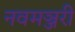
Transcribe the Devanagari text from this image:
नवमञ्जरी